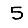
Digit: 5